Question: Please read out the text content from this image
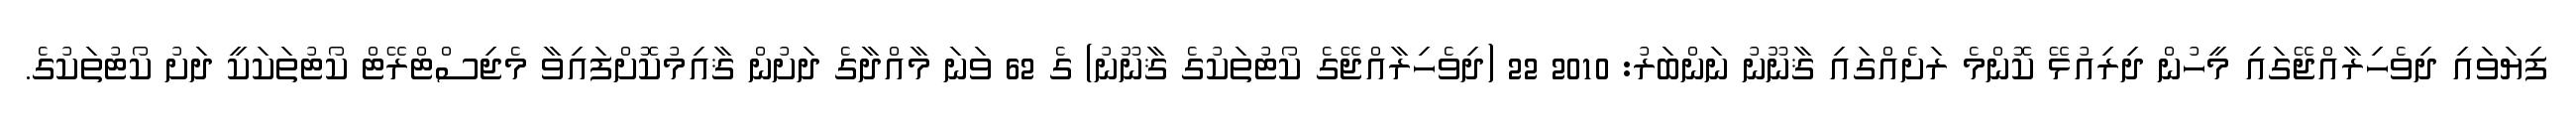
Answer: ފިޔަވައި ދިވެހިރާއްޖޭގައި މީހުން ދިރިއުޅޭ ކޮންމެ ރަށެއްގައި ޤާނޫނު ނަންބަރު: 2010 22 (ދިވެހިރާއްޖޭގެ ކޯޓުތަކުގެ ޤާނޫނު) ގެ 62 ވަނަ މާއްދާގެ ދަށުން ޤާއިމުކޮށްފައިވާ މެޖިސްޓްރޭޓް ކޯޓުތަކަކީ ދަށު ކޯޓުތަކުގެ.